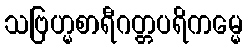
သဗြဟ္မစာရီဂတ္တပရိကမ္မေ